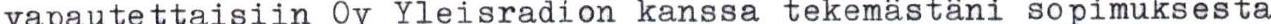
vapautettaisiin Oy Yleisradion kanssa tekemästäni sopimuksesta